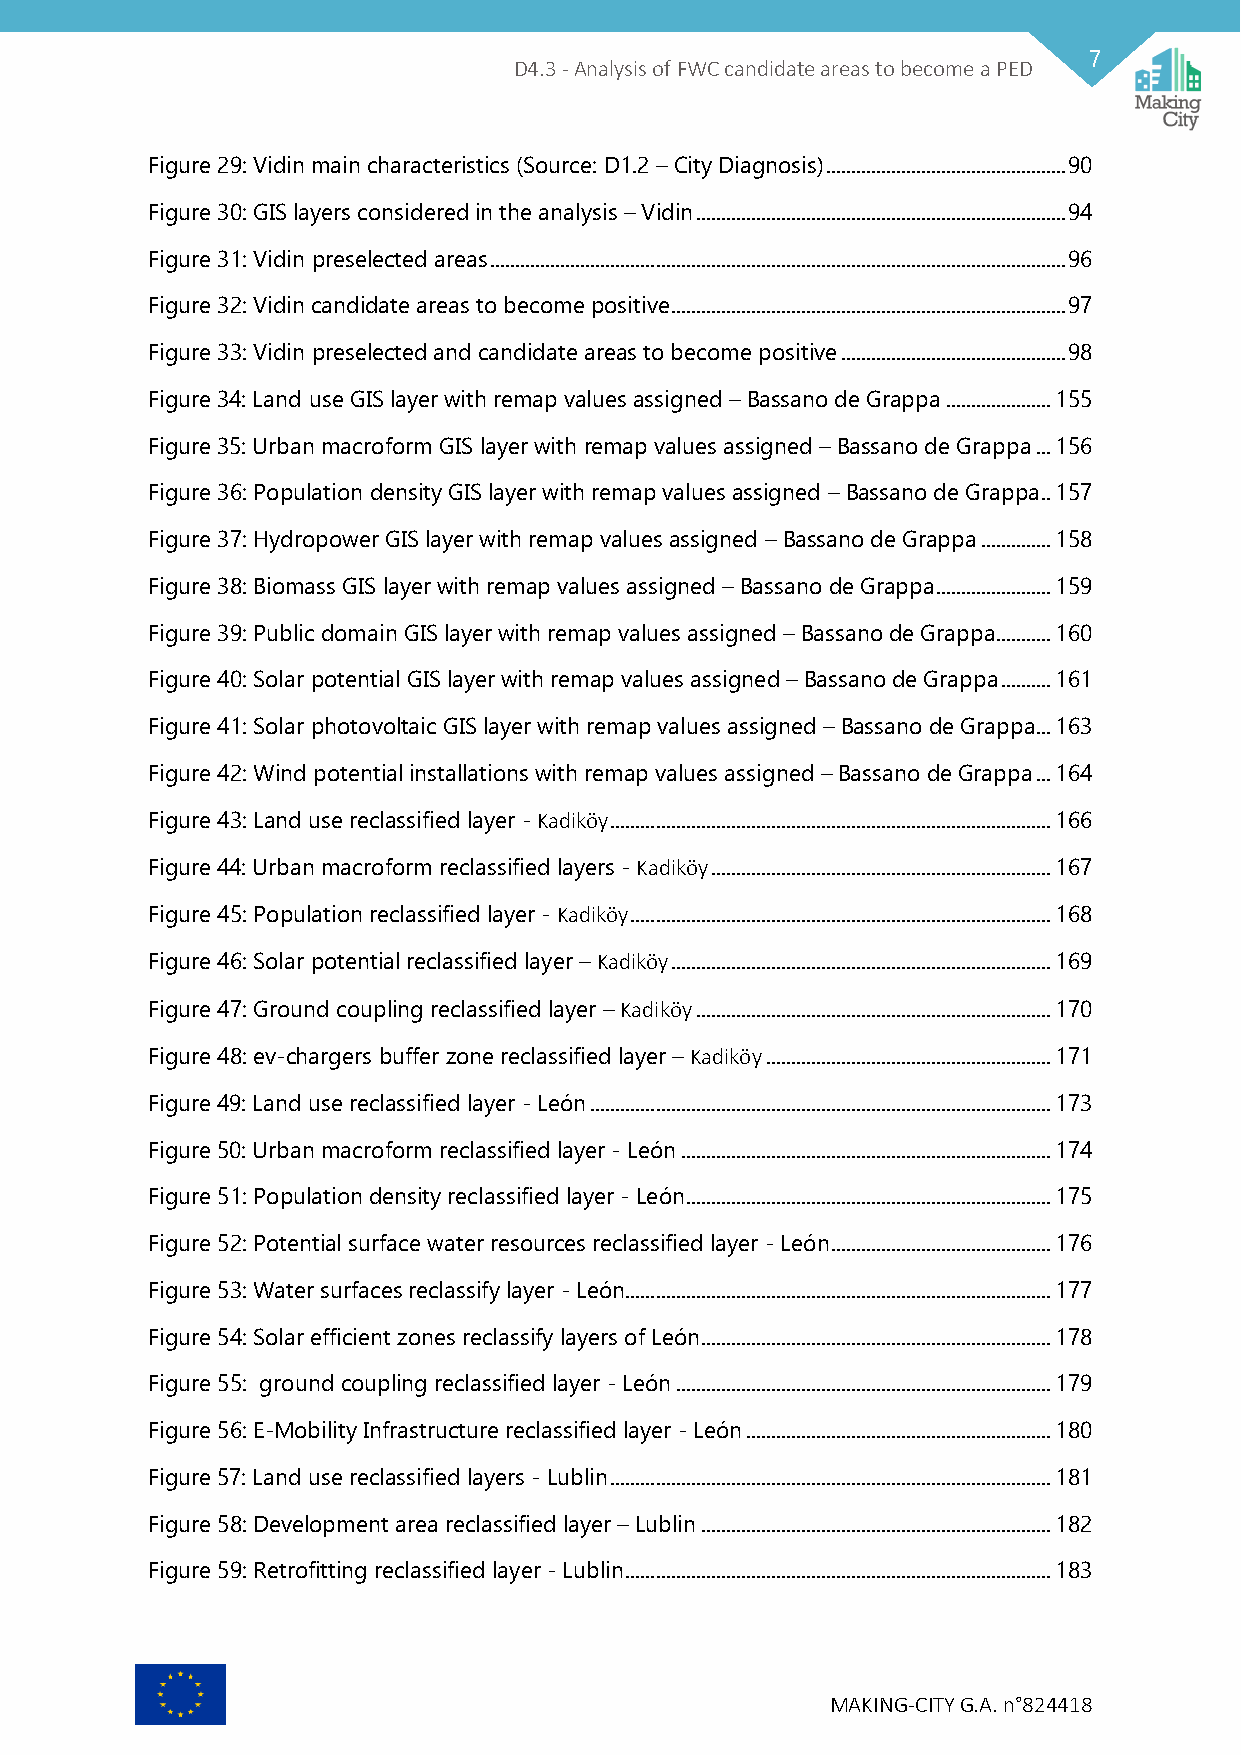
7
 D4.3 - Analysis of FWC candidate areas to become a PED
 Figure 29: Vidin main characteristics (Source: D1.2 – City Diagnosis) ................................................ 90
 Figure 30: GIS layers considered in the analysis – Vidin .......................................................................... 94
 Figure 31: Vidin preselected areas ................................................................................................................... 96
 Figure 32: Vidin candidate areas to become positive ............................................................................... 97
 Figure 33: Vidin preselected and candidate areas to become positive ............................................. 98
 Figure 34: Land use GIS layer with remap values assigned – Bassano de Grappa ..................... 155
 Figure 35: Urban macroform GIS layer with remap values assigned – Bassano de Grappa ... 156
 Figure 36: Population density GIS layer with remap values assigned – Bassano de Grappa .. 157
 Figure 37: Hydropower GIS layer with remap values assigned – Bassano de Grappa .............. 158
 Figure 38: Biomass GIS layer with remap values assigned – Bassano de Grappa ....................... 159
 Figure 39: Public domain GIS layer with remap values assigned – Bassano de Grappa ........... 160
 Figure 40: Solar potential GIS layer with remap values assigned – Bassano de Grappa .......... 161
 Figure 41: Solar photovoltaic GIS layer with remap values assigned – Bassano de Grappa ... 163
 Figure 42: Wind potential installations with remap values assigned – Bassano de Grappa ... 164
 Figure 43: Land use reclassified layer - Kadiköy ........................................................................................ 166
 Figure 44: Urban macroform reclassified layers - Kadiköy .................................................................... 167
 Figure 45: Population reclassified layer - Kadiköy .................................................................................... 168
 Figure 46: Solar potential reclassified layer – Kadiköy ............................................................................ 169
 Figure 47: Ground coupling reclassified layer – Kadiköy ....................................................................... 170
 Figure 48: ev-chargers buffer zone reclassified layer – Kadiköy ......................................................... 171
 Figure 49: Land use reclassified layer - León ............................................................................................ 173
 Figure 50: Urban macroform reclassified layer - León .......................................................................... 174
 Figure 51: Population density reclassified layer - León ......................................................................... 175
 Figure 52: Potential surface water resources reclassified layer - León ............................................ 176
 Figure 53: Water surfaces reclassify layer - León ..................................................................................... 177
 Figure 54: Solar efficient zones reclassify layers of León ...................................................................... 178
 Figure 55: ground coupling reclassified layer - León ........................................................................... 179
 Figure 56: E-Mobility Infrastructure reclassified layer - León ............................................................. 180
 Figure 57: Land use reclassified layers - Lublin ........................................................................................ 181
 Figure 58: Development area reclassified layer – Lublin ...................................................................... 182
 Figure 59: Retrofitting reclassified layer - Lublin ..................................................................................... 183
 MAKING-CITY G.A. n°824418